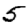
Digit: 5